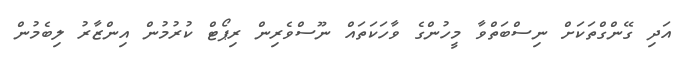
އަދި ގޭންގްތަކަށް ނިސްބަތްވާ މީހުންގެ ވާހަކަތައް ނޫސްވެރިން ރިޕޯޓް ކުރުމުން އިންޒާރު ލިބެމުން